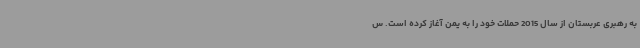
به رهبری عربستان از سال 2015 حملات خود را به یمن آغاز کرده است. س